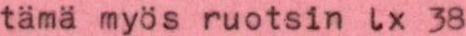
tämä myös ruotsin lx 38